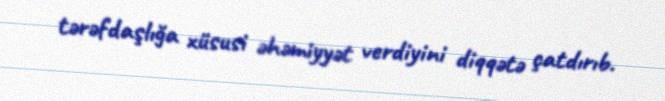
tərəfdaşlığa xüsusi əhəmiyyət verdiyini diqqətə çatdırıb.